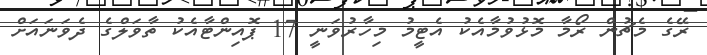
ރޭގެ މެޗުން ރޯމާ މޮޅުވުމާއެކު އެޓީމު މިހާރުވަނީ 17 ޕޮއިންޓާއެކު ތާވަލްގެ ދެވަނައަށް